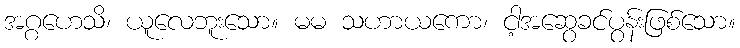
အဂ္ဂဟေသိ၊ ယူလေဘူးသော။ မမ သဟာယကော၊ ငါ့အဆွေခင်ပွန်းဖြစ်သော။